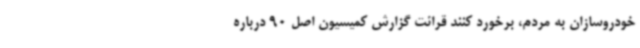
خودروسازان به مردم، برخورد کنند قرائت گزارش کمیسیون اصل 90 درباره